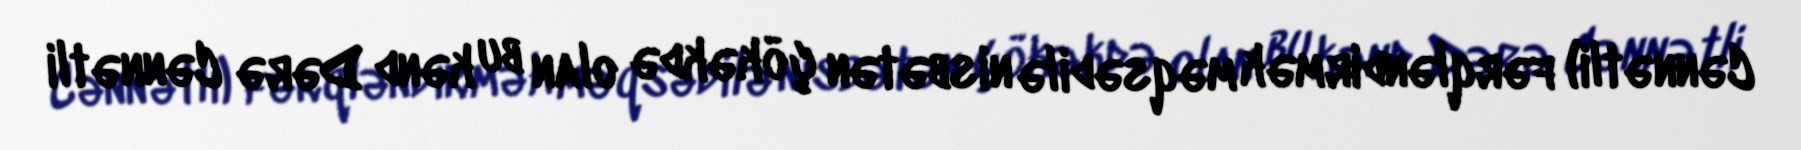
Cənnətli) fərqləndirmək məqsədilə nisbətən çökəkdə olan bu kənd Dərə Cənnətli